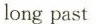
long past